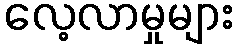
လေ့လာမှုများ